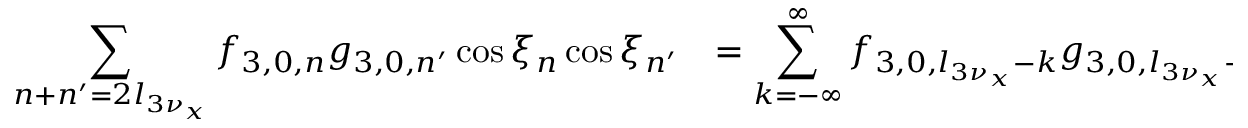
\begin{array} { c l } { \displaystyle \sum _ { n + n ^ { \prime } = 2 l _ { 3 \nu _ { x } } } { f _ { 3 , 0 , n } g _ { 3 , 0 , n ^ { \prime } } \cos { \xi _ { n } } \cos { \xi _ { n ^ { \prime } } } } } & { = \displaystyle \sum _ { k = - \infty } ^ { \infty } { f _ { 3 , 0 , l _ { 3 \nu _ { x } } - k } g _ { 3 , 0 , l _ { 3 \nu _ { x } } + k } \cos { \xi _ { l _ { 3 \nu _ { x } } - k } } \cos { \xi _ { l _ { 3 \nu _ { x } } + k } } } } \end{array}